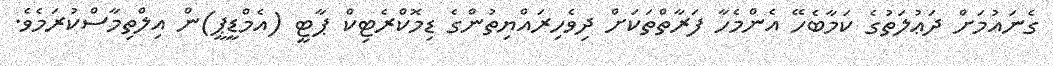
ގެނައުމަށް ދަޢުލަތުގެ ކަމާބެހޭ އެންމެހާ ފަރާތްތަކަށް ދިވެހިރައްޔިތުންގެ ޑިމޮކްރެޓިކް ޕާޓީ (އެމްޑީޕީ)ން އިލްތިމާސްކުރަމެވެ.